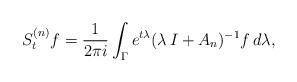
LaTeX: \begin{align*} S^{(n)}_t f = \frac{1}{2\pi i} \int_\Gamma e^{t \lambda} (\lambda \, I +A_n)^{-1}f \, d\lambda ,\end{align*}